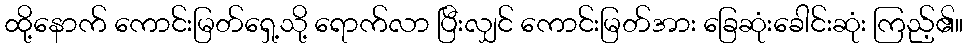
ထို့နောက် ကောင်းမြတ်ရှေ့သို့ ရောက်လာ ပြီးလျှင် ကောင်းမြတ်အား ခြေဆုံးခေါင်းဆုံး ကြည့်၏။